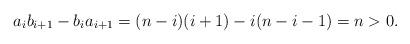
LaTeX: \begin{align*} a_{i}b_{i+1}-b_{i}a_{i+1} = (n-i)(i+1)-i(n-i-1)=n>0.\end{align*}